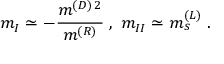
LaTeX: m _ { I } \simeq - \frac { m ^ { ( D ) \, 2 } } { m ^ { ( R ) } } \; , \; m _ { I I } \simeq m _ { s } ^ { ( L ) } \; .